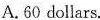
A. 60 dollars.